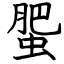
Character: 蜰